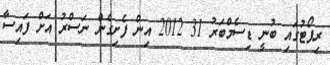
ރިޕޯޓުގައި ބުނީ ޑިސެމްބަރު 31 2012 އިން ފެށިގެން ނަސްރު އަށް ފައިސާ